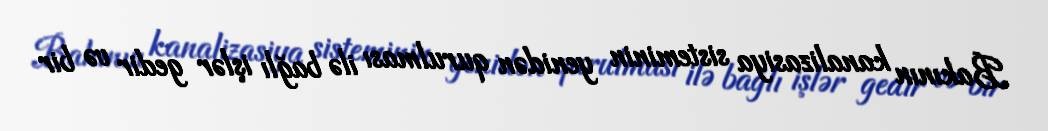
Bakının kanalizasiya sisteminin yenidən qurulması ilə bağlı işlər gedir və bir